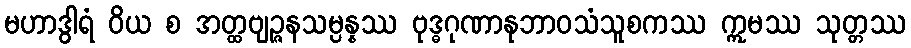
မဟာဒွါရံ ဝိယ စ အတ္ထဗျဉ္ဇနသမ္ပန္နဿ ဗုဒ္ဓဂုဏာနုဘာဝသံသူစကဿ ဣမဿ သုတ္တဿ